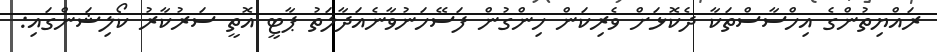
ރައްޔިތުންގެ އިހްސާސްތަކާ ދެކޮޅަށް ވެރިކަން ހިންގުން ފަސޭހަނުވާނެއަދާލަތު ޕާޓީ އޮތީ ސަރުކާރު ކޯލިޝަންގައި: